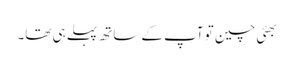
بھئی چین تو آپ کے ساتھ پہلے ہی تھا۔